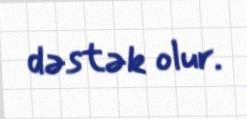
dəstək olur.